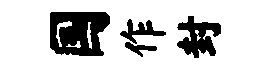
国作封